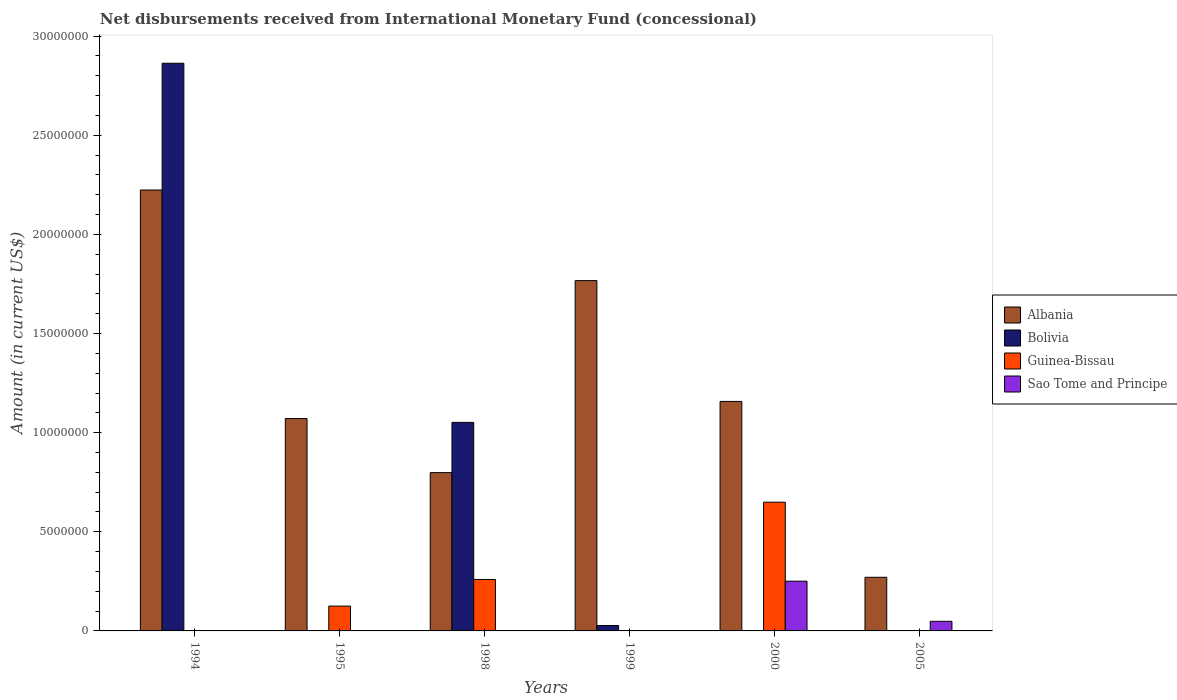
| Years | Albania | Bolivia | Guinea-Bissau | Sao Tome and Principe |
 | --- | --- | --- | --- | --- |
 | 1994 | 2.22e+07 | 2.86e+07 | -4.3e+05 | -1.15e+05 |
 | 1995 | 1.07e+07 | -6.12e+05 | 1.25e+06 | -2.43e+05 |
 | 1998 | 7.98e+06 | 1.05e+07 | 2.6e+06 | -2.16e+05 |
 | 1999 | 1.77e+07 | 2.72e+05 | -6.15e+05 | -1.11e+05 |
 | 2000 | 1.16e+07 | -5.1e+06 | 6.49e+06 | 2.51e+06 |
 | 2005 | 2.70e+06 | -2.25e+07 | -2.87e+06 | 4.85e+05 |